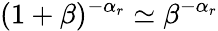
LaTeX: (1+\beta)^{-\alpha_{r}}\simeq\beta^{-\alpha_{r}}